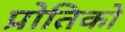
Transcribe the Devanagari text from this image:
प्रोतिको